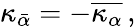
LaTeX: \kappa_{\bar{\alpha}}=-\overline{{{\kappa_{\alpha}}}}\, ,